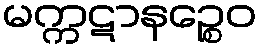
မက္ကဋာနဉ္စေဝ